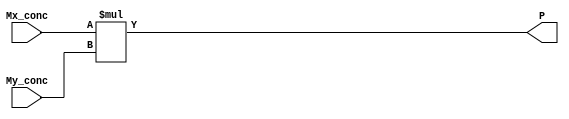
module multiplier 
//inputs and outputs
(
//input  	wire 			CLK,RST, 
input	wire	[23:0]	Mx_conc,My_conc,

output	reg		[47:0]	P
);

always@(*)
	begin
		P = Mx_conc * My_conc ;
	end




//Flip_Flops 
//reg 	[23:0]	Mx,My;


//assign Mx1 = zero_Ex_f ? {1'b0,Mx} : {1'b1,Mx} ;  //for hidden bit
//assign My1 = zero_Ey_f ? {1'b0,My} : {1'b1,My} ;	//for hidden bit

//assign Mx1 = {Conc_Ex_ff,Mx};
//assign My1 = {Conc_Ey_ff,My};


/*
always @ (posedge CLK)
	begin
	if (!RST) 
		begin
////////inputs RST
			Mx 			<= 0;
			My 			<= 0;
			P			<= 0;

		end
		
	else
		begin
////////inputs Reg
			Mx	  <= Mx_conc ;
			My	  <= My_conc ;
			P	  <= Mx * My ;
			
		end			
	end
*/


endmodule